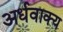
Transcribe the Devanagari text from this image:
अर्धवाक्य